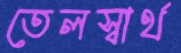
তেলস্বার্থ